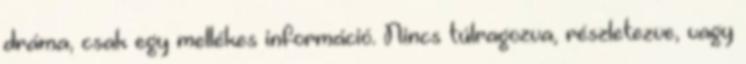
dráma, csak egy mellékes információ. Nincs túlragozva, részletezve, vagy